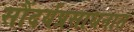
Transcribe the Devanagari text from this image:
सौंदर्यप्रसाधनात